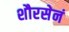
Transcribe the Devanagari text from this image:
शौरसेनं